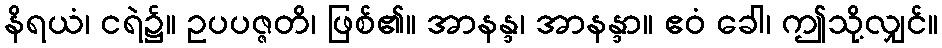
နိရယံ၊ ငရဲ၌။ ဥပပဇ္ဇတိ၊ ဖြစ်၏။ အာနန္ဒ၊ အာနန္ဒာ။ ဧဝံ ခေါ၊ ဤသို့လျှင်။